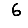
Digit: 6